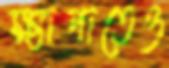
ক্ষ্যাপাতেও